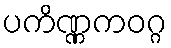
ပကိဏ္ဏကဝဂ္ဂ